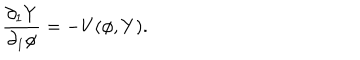
LaTeX: \frac { \partial _ { 1 } Y } { \partial _ { 1 } \phi } = - V ( \phi , Y ) .